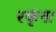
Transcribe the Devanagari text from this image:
रकृंना